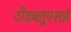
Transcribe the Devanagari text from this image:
टीडब्लूएसई